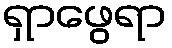
ရှာဖွေရာ